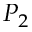
P _ { 2 }